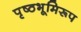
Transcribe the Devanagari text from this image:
पृष्ठभूमिरूप